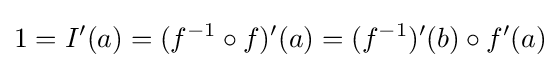
1=I'(a)=(f^{-1}\circ f)'(a)=(f^{-1})'(b)\circ f'(a)